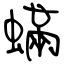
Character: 蟎